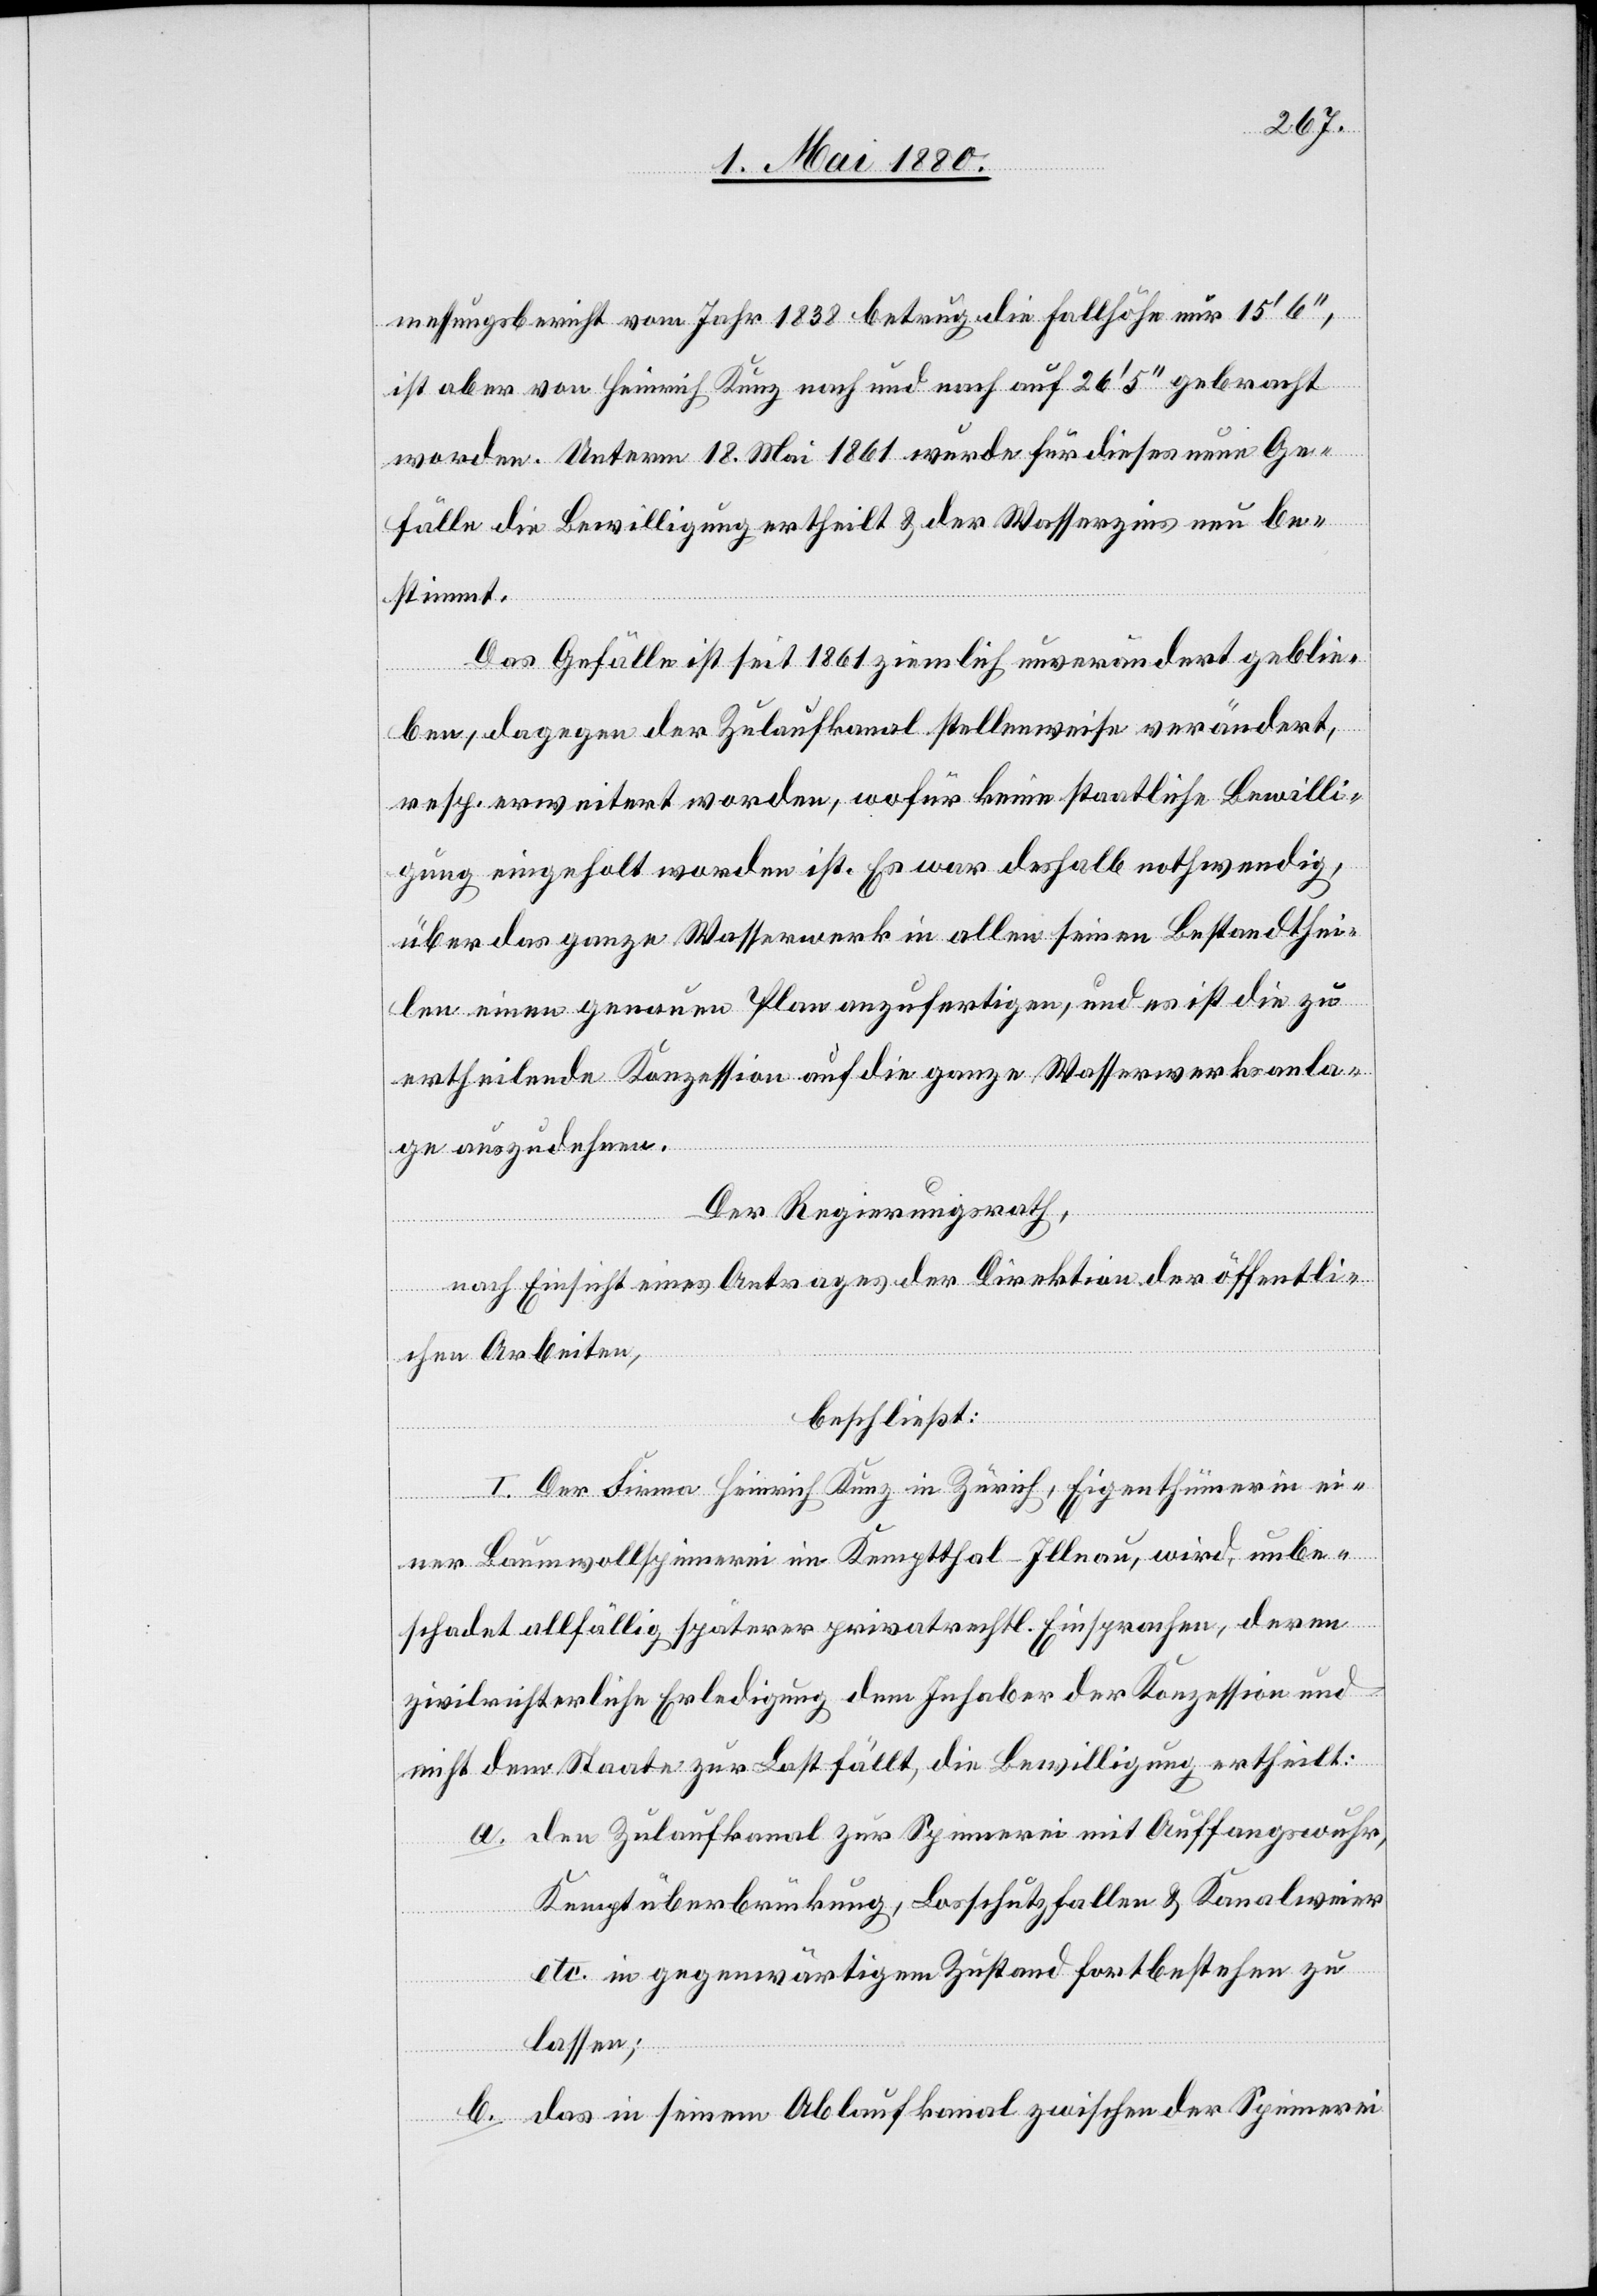
messungsbericht vom Jahr 1838 betrug die Fallhöhe nur 15‘ 6‘‘,
ist aber von Heinrich Kunz nach und nach auf 26‘ 5‘‘ gebracht
worden. Unterm 18. Mai 1861 wurde für dieses neue Ge¬
fälle die Bewilligung ertheilt & der Wasserzins neu be¬
stimmt.
Das Gefälle ist seit 1861 ziemlich unverändert geblie¬
ben, dagegen der Zulaufkanal stellenweise verändert,
resp. erweitert worden, wofür keine staatliche Bewilli¬
gung eingeholt worden ist. Es war deshalb nothwendig,
über das ganze Wasserwerk in allen seinen Bestandthei¬
len einen genauen Plan anzufertigen, und es ist die zu
ertheilende Konzession auf die ganze Wasserwerksanla¬
ge auszudehnen.
Der Regierungsrath,
nach Einsicht eines Antrages der Direktion der öffentli¬
chen Arbeiten,
beschließt:
I. Der Firma Heinrich Kunz in Zürich, Eigenthümerin ei¬
ner Baumwollspinnerei im Kemptthal -Illnau, wird, unbe¬
schadet allfällig späterer privatrechtl. Einsprachen, deren
zivilrichterliche Erledigung dem Inhaber der Konzession und
nicht dem Staate zur Last fällt, die Bewilligung ertheilt:
a. den Zulaufkanal zur Spinnerei mit Auffangswuhr,
Kemptüberbrückung, Losschutzfallen & Kanalweier
etc. in gegenwärtigem Zustand fortbestehen zu
lassen;
b. das in seinem Ablaufkanal zwischen der Spinnerei